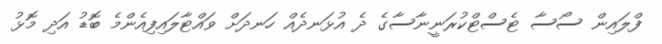
ފްލައިން ސޯސާ ޓެސްޓްކުރަނީނާސާގެ ދެ އުޅަނދެއް ހަނދަށް ވައްޓާލައިފިއެންމެ ބޮޑު އަދި މޮޅު